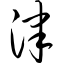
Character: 津